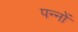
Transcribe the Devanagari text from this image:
पन्‍नों